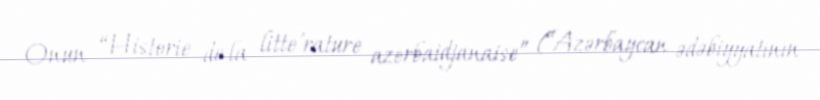
Onun “Historie de la litte’rature azerbaidjanaise” (“Azərbaycan ədəbiyyatının